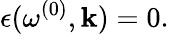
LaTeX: \epsilon(\omega^{(0)},{\mathbf k})=0.